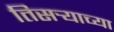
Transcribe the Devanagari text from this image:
तिसर्‍याच्या